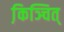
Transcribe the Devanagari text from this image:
कि़ञ्चित्